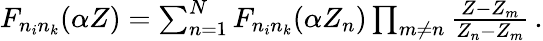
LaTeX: \begin{array}{r}{F_{n_{i}n_{k}}(\alpha Z)=\sum_{n=1}^{N}F_{n_{i}n_{k}}(\alpha Z_{n})\prod_{m\neq n}\frac{Z-Z_{m}}{Z_{n}-Z_{m}}\, .}\end{array}